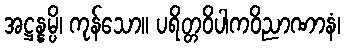
အဋ္ဌန္နမ္ပိ၊ ကုန်သော။ ပရိတ္တဝိပါကဝိညာဏာနံ၊